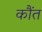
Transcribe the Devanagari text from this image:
कौंत